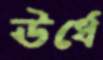
ঊর্ধে